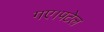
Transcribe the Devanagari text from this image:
गए।पटेल